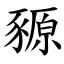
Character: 豲